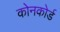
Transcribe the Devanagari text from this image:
कोनकोर्ड